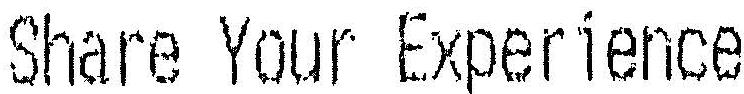
SHARE YOUR EXPERIENCE